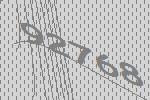
92768